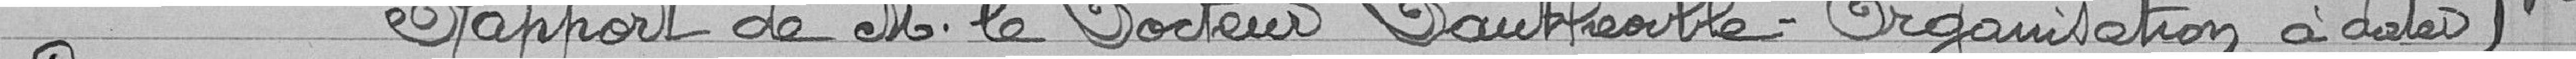
Rapport de M. le Docteur Dautfreoille - Organisation dater